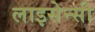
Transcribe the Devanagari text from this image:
लाइसेन्सी